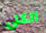
الكلي